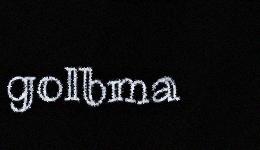
golbma